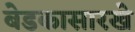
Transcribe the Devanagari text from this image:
बेडकासारखे